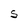
Character: S